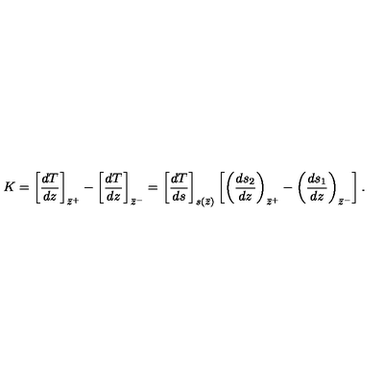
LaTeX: K = \left[ { \frac { d T } { d z } } \right] _ { \bar { z } ^ { + } } - \left[ { \frac { d T } { d z } } \right] _ { \bar { z } ^ { - } } = \left[ { \frac { d T } { d s } } \right] _ { s ( \bar { z } ) } \left[ \left( { \frac { d s _ { 2 } } { d z } } \right) _ { \bar { z } ^ { + } } - \left( { \frac { d s _ { 1 } } { d z } } \right) _ { \bar { z } ^ { - } } \right] .